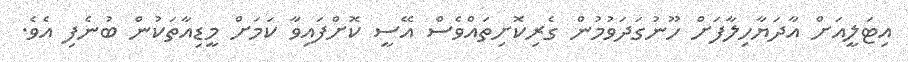
އިޓަލީއަށް އާދަޔާހިލާފަށް ހޫނުގަދަވުމުން ގެރިކޮށިތައްވެސް އޭސީ ކޮށްފައިވާ ކަމަށް މީޑިއާތަކުން ބުނެފި އެވެ.